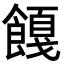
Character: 𬲚